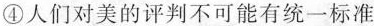
④人们对美的评判不可能有统一标准